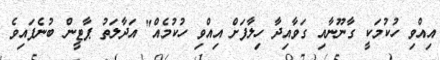
އިއްވި ހުކުމަކީ ގާނޫނާއި ގަވާއިދާ ހިލާފަށް އިއްވި ހުކުމެއް" އަދާލަތު ޕާޓީން ބުނެފައިވެ